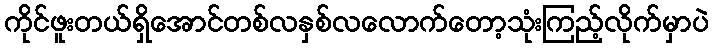
ကိုင်ဖူးတယ်ရှိအောင်တစ်လနှစ်လလောက်တော့သုံးကြည့်လိုက်မှာပဲ